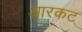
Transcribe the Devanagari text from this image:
आरकट